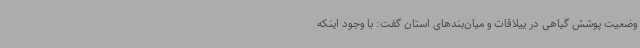
وضعیت پوشش گیاهی در ییلاقات و میان‌بندهای استان گفت: با وجود اینکه